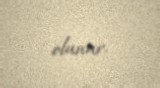
olunur.